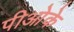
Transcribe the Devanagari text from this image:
पीओके